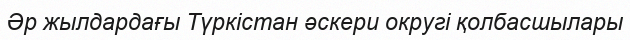
Әр жылдардағы Түркістан әскери округі қолбасшылары